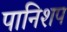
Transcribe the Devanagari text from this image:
पानिशप